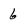
Character: 6